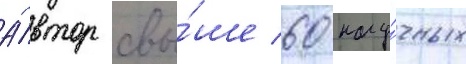
А́втор свы́ше 60 нау́чных